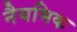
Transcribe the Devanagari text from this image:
नैयमिक